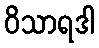
ဝိသာရဒါ